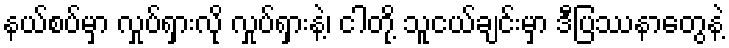
နယ်စပ်မှာ လှုပ်ရှားလို လှုပ်ရှားနဲ့၊ ငါတို့ သူငယ်ချင်းမှာ ဒီပြဿနာတွေနဲ့